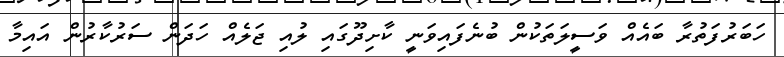
ހަބަރުފަތުރާ ބައެއް ވަސީލަތަކުން ބުނެފައިވަނީ ކާށިދޫގައި ލުއި ޖަލެއް ހަދަން ސަރުކާރުން އައިމާ